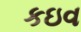
કઇવ